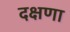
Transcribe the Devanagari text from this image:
दक्षणा